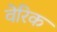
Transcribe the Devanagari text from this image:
वेरिक